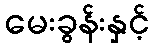
မေးခွန်းနှင့်